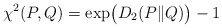
\begin{align*}\chi^2(P,Q) = \exp\bigl(D_2(P\|Q)\bigr)-1\end{align*}